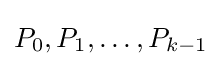
P_{0},P_{1},\ldots ,P_{k-1}